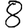
Digit: 8